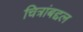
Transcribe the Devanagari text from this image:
चित्रांबद्दल